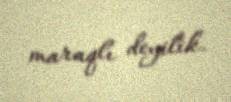
maraqlı deyilik.